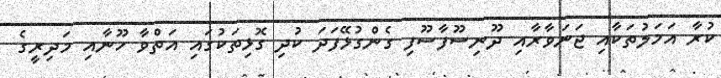
ކުރާ އަމަލުތަކާއި ޖަނަވާރާއި ދޫނިސޫފާސޫފި ގެންގުޅޭފަދަ ކުދި ގޮޅިތަކުގައި އަތްވާ ހޫނާއި މަދިރީގެ